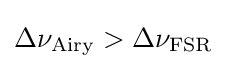
\Delta \nu _{\rm {Airy}}>\Delta \nu _{\rm {FSR}}